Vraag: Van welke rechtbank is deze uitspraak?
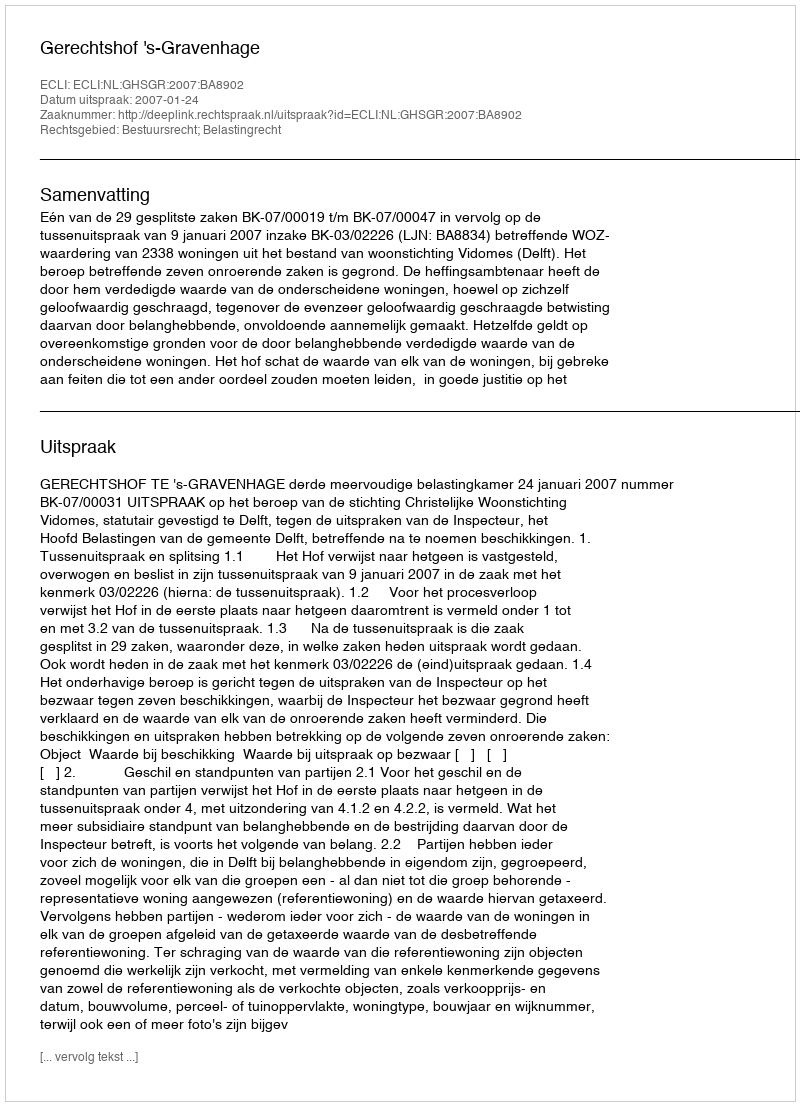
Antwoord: Gerechtshof 's-Gravenhage